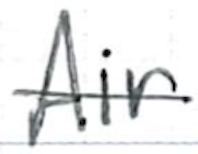
Text: Air
Cross-out: single-line
Writing tool: ballpoint